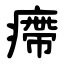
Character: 㿃